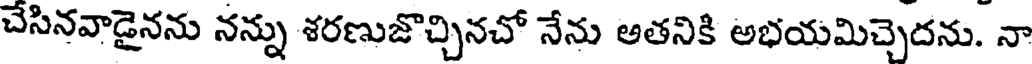
చేసినవాడైనను నన్ను శరణుజొచ్చినచో నేను అతనికి అభయమిచ్చెదను. నా